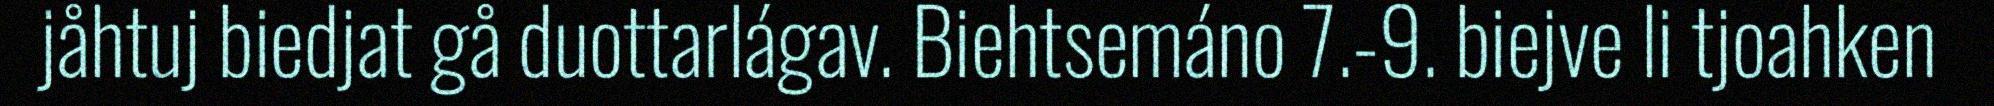
jåhtuj biedjat gå duottarlágav. Biehtsemáno 7.-9. biejve li tjoahken